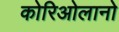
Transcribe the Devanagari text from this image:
कोरिओलानो